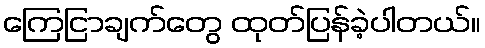
ကြေငြာချက်တွေ ထုတ်ပြန်ခဲ့ပါတယ်။